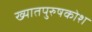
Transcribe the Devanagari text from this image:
ख्यातपुरुषकोश